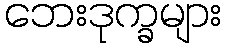
ဘေးဒုက္ခများ